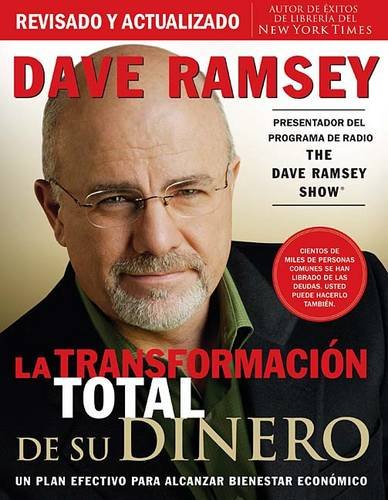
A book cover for La transformaciÃ³n total de su dinero: Un plan efectivo para alcanzar bienestar econÃ³mico (Spanish Edition); Dave Ramsey; Business & Money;